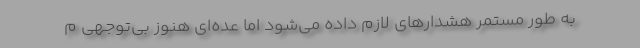
به طور مستمر هشدارهای لازم داده می‌شود اما عده‌ای هنوز بی‌توجهی م